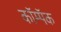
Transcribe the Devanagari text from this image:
कॉम्पॅक